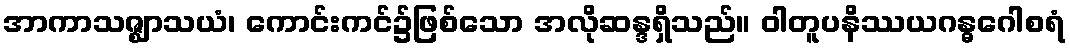
အာကာသဇ္ဈာသယံ၊ ကောင်းကင်၌ဖြစ်သော အလိုဆန္ဒရှိသည်။ ဝါတူပနိဿယဂန္ဓဂေါစရံ